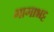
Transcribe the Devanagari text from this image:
गागाभट्ट